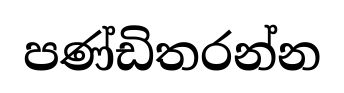
පණ්ඩිතරන්න